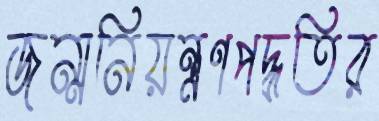
জন্মনিয়ন্ত্রণপদ্ধতির